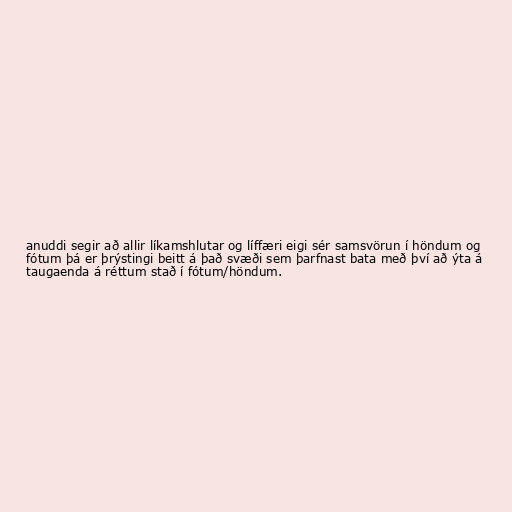
anuddi segir að allir líkamshlutar og líffæri eigi sér samsvörun í höndum og
fótum þá er þrýstingi beitt á það svæði sem þarfnast bata með því að ýta á
taugaenda á réttum stað í fótum/höndum.